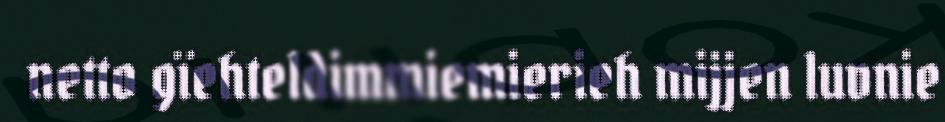
netto gïehteldimmiemierieh mijjen luvnie